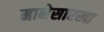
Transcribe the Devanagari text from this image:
मानेसारखा